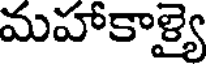
మహాకాళ్యై